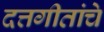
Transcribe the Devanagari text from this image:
दत्तगीतांचे